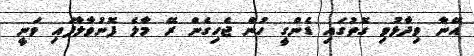
އޭނާ ވިދާޅުވި ގޮތުގައި ޑެންގީ ހުން ޖެހިގެން ރޭ މާލެ ފޮނުވާލާފައި ވަނީ